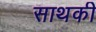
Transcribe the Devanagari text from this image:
साथकी